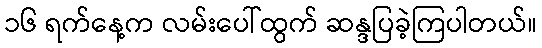
၁၆ ရက်နေ့က လမ်းပေါ်ထွက် ဆန္ဒပြခဲ့ကြပါတယ်။